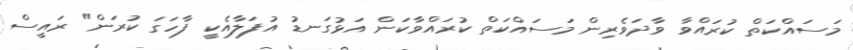
މަސައްކަތް ކުރައްވާ ވާދަވެރިން މަސައްކަތް ކުރައްވާކަން އަޅުގަނޑު އުފަލާއެކީ ފާހަގަ ކުރަން" ރައީސް